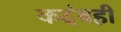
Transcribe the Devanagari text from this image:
कदंबही